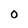
Character: 0